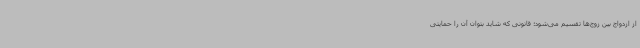
از ازدواج بین زوج‌ها تقسیم می‌شود؛ قانونی که شاید بتوان آن را حمایتی